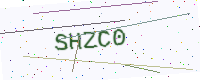
Text: SHZC0